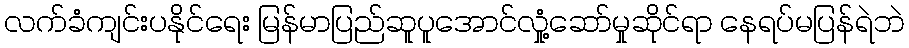
လက်ခံကျင်းပနိုင်ရေး မြန်မာပြည်ဆူပူအောင်လှုံ့ဆော်မှုဆိုင်ရာ နေရပ်မပြန်ရဲဘဲ